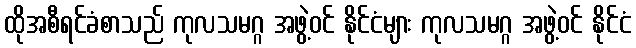
ထိုအစီရင်ခံစာသည် ကုလသမဂ္ဂ အဖွဲ့ဝင် နိုင်ငံများ ကုလသမဂ္ဂ အဖွဲ့ဝင် နိုင်ငံ